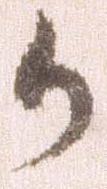
か